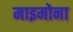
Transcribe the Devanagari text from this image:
माइमोना